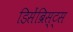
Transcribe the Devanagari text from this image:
डिसेंब्रिस्ट्स